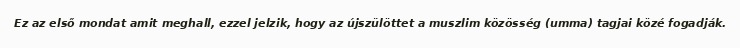
Ez az első mondat amit meghall, ezzel jelzik, hogy az újszülöttet a muszlim közösség (umma) tagjai közé fogadják.